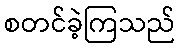
စတင်ခဲ့ကြသည်